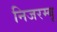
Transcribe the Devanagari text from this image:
निजरम्बू